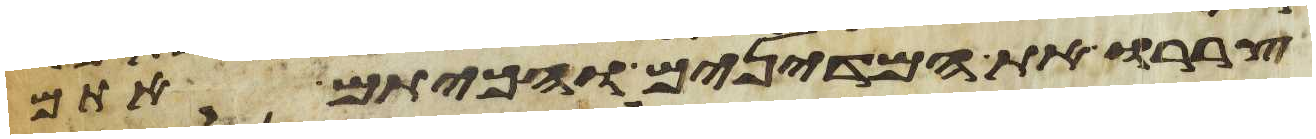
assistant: צררו את המדינים והכיתם אתם